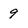
Character: 9